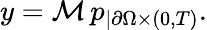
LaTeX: y=\mathcal{M}\, p_{|\partial\Omega\times(0,T)}.